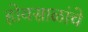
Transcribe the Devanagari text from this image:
होयसाळांचे